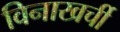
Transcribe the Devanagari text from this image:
विनाखर्ची